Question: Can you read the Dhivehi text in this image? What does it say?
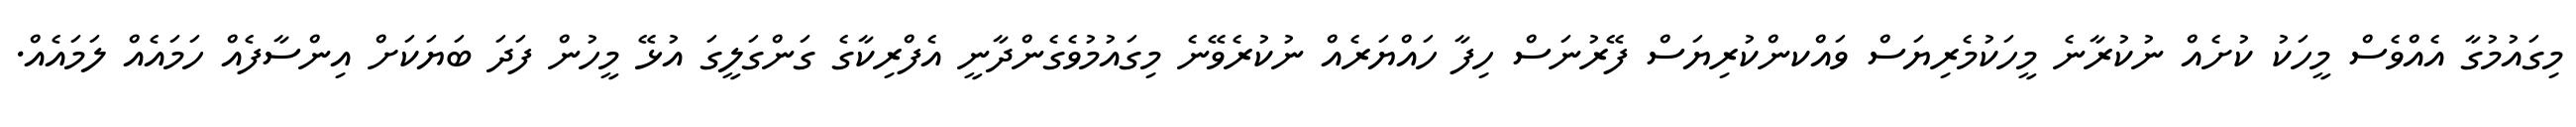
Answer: މިގައުމުގާ އެއްވެސް މީހަކު ކުށެއް ނުކުރާނެ މީހަކުމެރިޔަސް ވައްކންކުރިޔަސް ފޭރުނަސް ހިފާ ހައްޔަރެއް ނުކުރެވޭނެ މިގައުމުވެގެންދާނީ އެފްރިކާގެ ގަންގަލީގަ އުޅޭ މީހުން ފަދަ ބަޔަކަށް އިންސާފެއް ހަމައެއް ލަމައެއް.